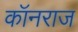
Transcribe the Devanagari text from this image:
कॉनराज